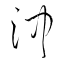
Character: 沖